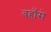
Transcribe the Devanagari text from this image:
वहाँसे